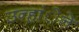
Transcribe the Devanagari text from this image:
उन्हांेने